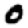
Digit: 0